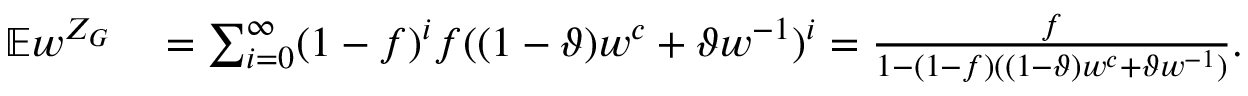
\begin{array} { r l } { \mathbb { E } w ^ { Z _ { G } } } & { { } = \sum _ { i = 0 } ^ { \infty } ( 1 - f ) ^ { i } f ( ( 1 - \vartheta ) w ^ { c } + \vartheta w ^ { - 1 } ) ^ { i } = \frac { f } { 1 - ( 1 - f ) ( ( 1 - \vartheta ) w ^ { c } + \vartheta w ^ { - 1 } ) } . } \end{array}